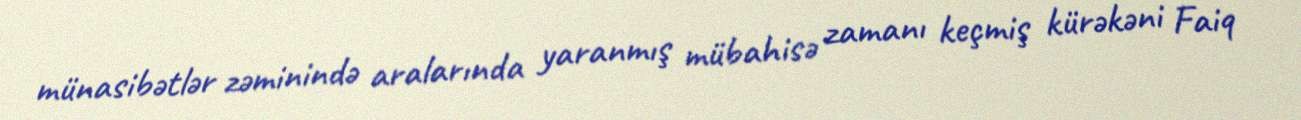
münasibətlər zəminində aralarında yaranmış mübahisə zamanı keçmiş kürəkəni Faiq